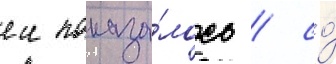
еи показа́лось / со́